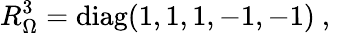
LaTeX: R_{\Omega}^{3}=\mathrm{diag}(1,1,1,-1,-1)~,~\,